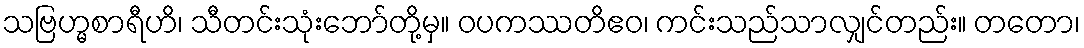
သဗြဟ္မစာရီဟိ၊ သီတင်းသုံးဘော်တို့မှ။ ဝပကဿတိဧဝ၊ ကင်းသည်သာလျှင်တည်း။ တတော၊